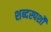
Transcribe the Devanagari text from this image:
शब्दस्पर्शौ